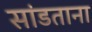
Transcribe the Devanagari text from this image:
सांडताना